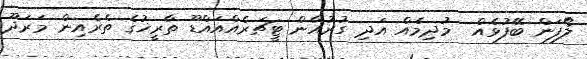
ލޯފަން ބޭފުޅެއް  މުދިމެއް އަދި ގުރުއާން ޓީޗަރެއްއައްޑޫ ތާރީޚުގެ ތެރެއިން މަރަދޫ